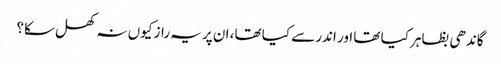
گاندھی بظاہر کیا تھا اور اندر سے کیا تھا، ان پر یہ راز کیوں نہ کھل سکا؟